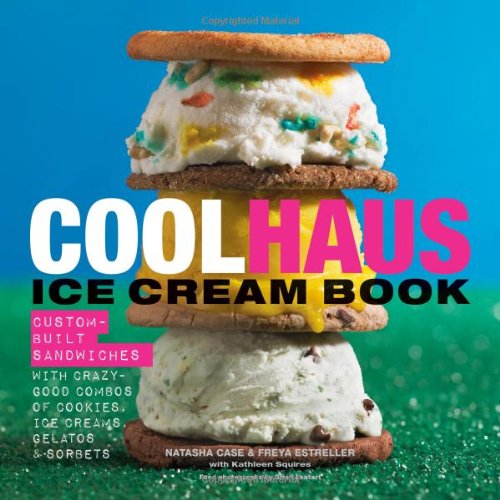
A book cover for Coolhaus Ice Cream Book: Custom-Built Sandwiches with Crazy-Good Combos of Cookies, Ice Creams, Gelatos, and Sorbets; Natasha Case; Cookbooks, Food & Wine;